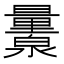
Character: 𬉨